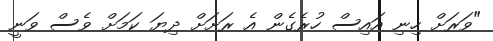
"ވަރަށް ހިނި އައިސް ހުރެގެން އެ ރަށަށް ދިޔަ ކަމަށް ވެސް ވަނީ